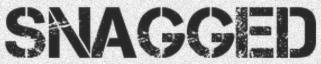
SNAGGED